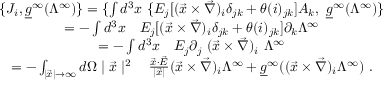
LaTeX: \begin{array} { c } { { \{ J _ { i } , \underline { { { g } } } ^ { \infty } ( \Lambda ^ { \infty } ) \} = \{ \int d ^ { 3 } x \ \{ E _ { j } [ ( \vec { x } \times \vec { \nabla } ) _ { i } \delta _ { j k } + \theta ( i ) _ { j k } ] A _ { k } , \ \underline { { { g } } } ^ { \infty } ( \Lambda ^ { \infty } ) \} } } \\ { { = - \int d ^ { 3 } x \quad E _ { j } [ ( \vec { x } \times \vec { \nabla } ) _ { i } \delta _ { j k } + \theta ( i ) _ { j k } ] \partial _ { k } \Lambda ^ { \infty } } } \\ { { = - \int d ^ { 3 } x \quad E _ { j } \partial _ { j } \ ( \vec { x } \times \vec { \nabla } ) _ { i } \ \Lambda ^ { \infty } } } \\ { { = - \int _ { \mid \vec { x } \mid \rightarrow \infty } d \Omega \mid \vec { x } \mid ^ { 2 } \quad \frac { \vec { x } \cdot \vec { E } } { \mid \vec { x } \mid } ( \vec { x } \times \vec { \nabla } ) _ { i } \Lambda ^ { \infty } + \underline { { { g } } } ^ { \infty } ( ( \vec { x } \times \vec { \nabla } ) _ { i } \Lambda ^ { \infty } ) \ . } } \end{array}